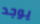
يوجد